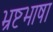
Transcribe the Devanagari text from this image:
भ्रष्टभाषा